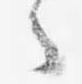
々